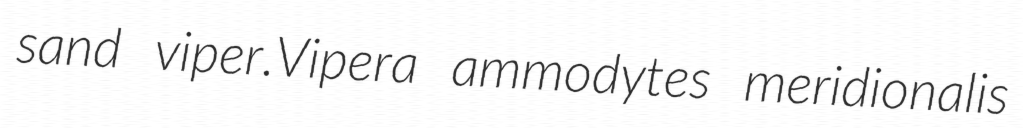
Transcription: sand viper.Vipera ammodytes meridionalis